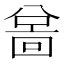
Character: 𫤲